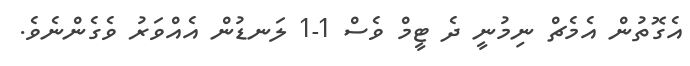
އެގޮތުން އެމެޗް ނިމުނީ ދެ ޓީމް ވެސް 1-1 ލަނޑުން އެއްވަރު ވެގެންނެވެ.